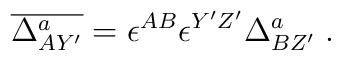
\overline{\Delta^a_{AY'} } = \epsilon^{AB}\epsilon^{Y'Z'}\Delta^a_{BZ'}\; .